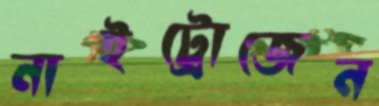
নাইট্রোজেন